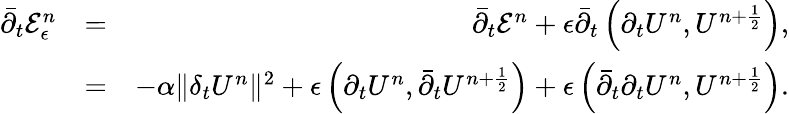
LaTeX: \begin{array}{rlr}{{\bar{\partial}}_{t}{\cal E}_{\epsilon}^{n}}&{=}&{{\bar{\partial}}_{t}{\cal E}^{n}+\epsilon{\bar{\partial}}_{t}\left(\partial_{t}U^{n},U^{n+\frac{1}{2}}\right),}\\ &{=}&{-\alpha\| \delta_{t}U^{n}\| ^{2}+\epsilon\left(\partial_{t}U^{n},{\bar{\partial}}_{t}U^{n+\frac{1}{2}}\right)+\epsilon\left({\bar{\partial}}_{t}\partial_{t}U^{n},U^{n+\frac{1}{2}}\right).}\end{array}